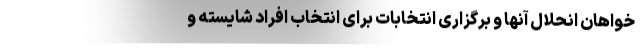
خواهان انحلال آنها و برگزاری انتخابات برای انتخاب افراد شایسته و